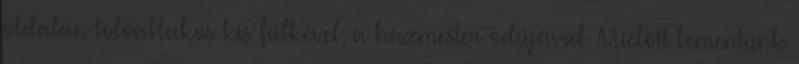
oldalán tolóablakos kis fülkével, a házmester odújával. Mielőtt bementünk